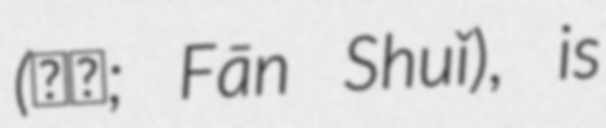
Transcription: (番水; Fān Shuǐ), is